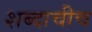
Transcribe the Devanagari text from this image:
शब्दाचीच